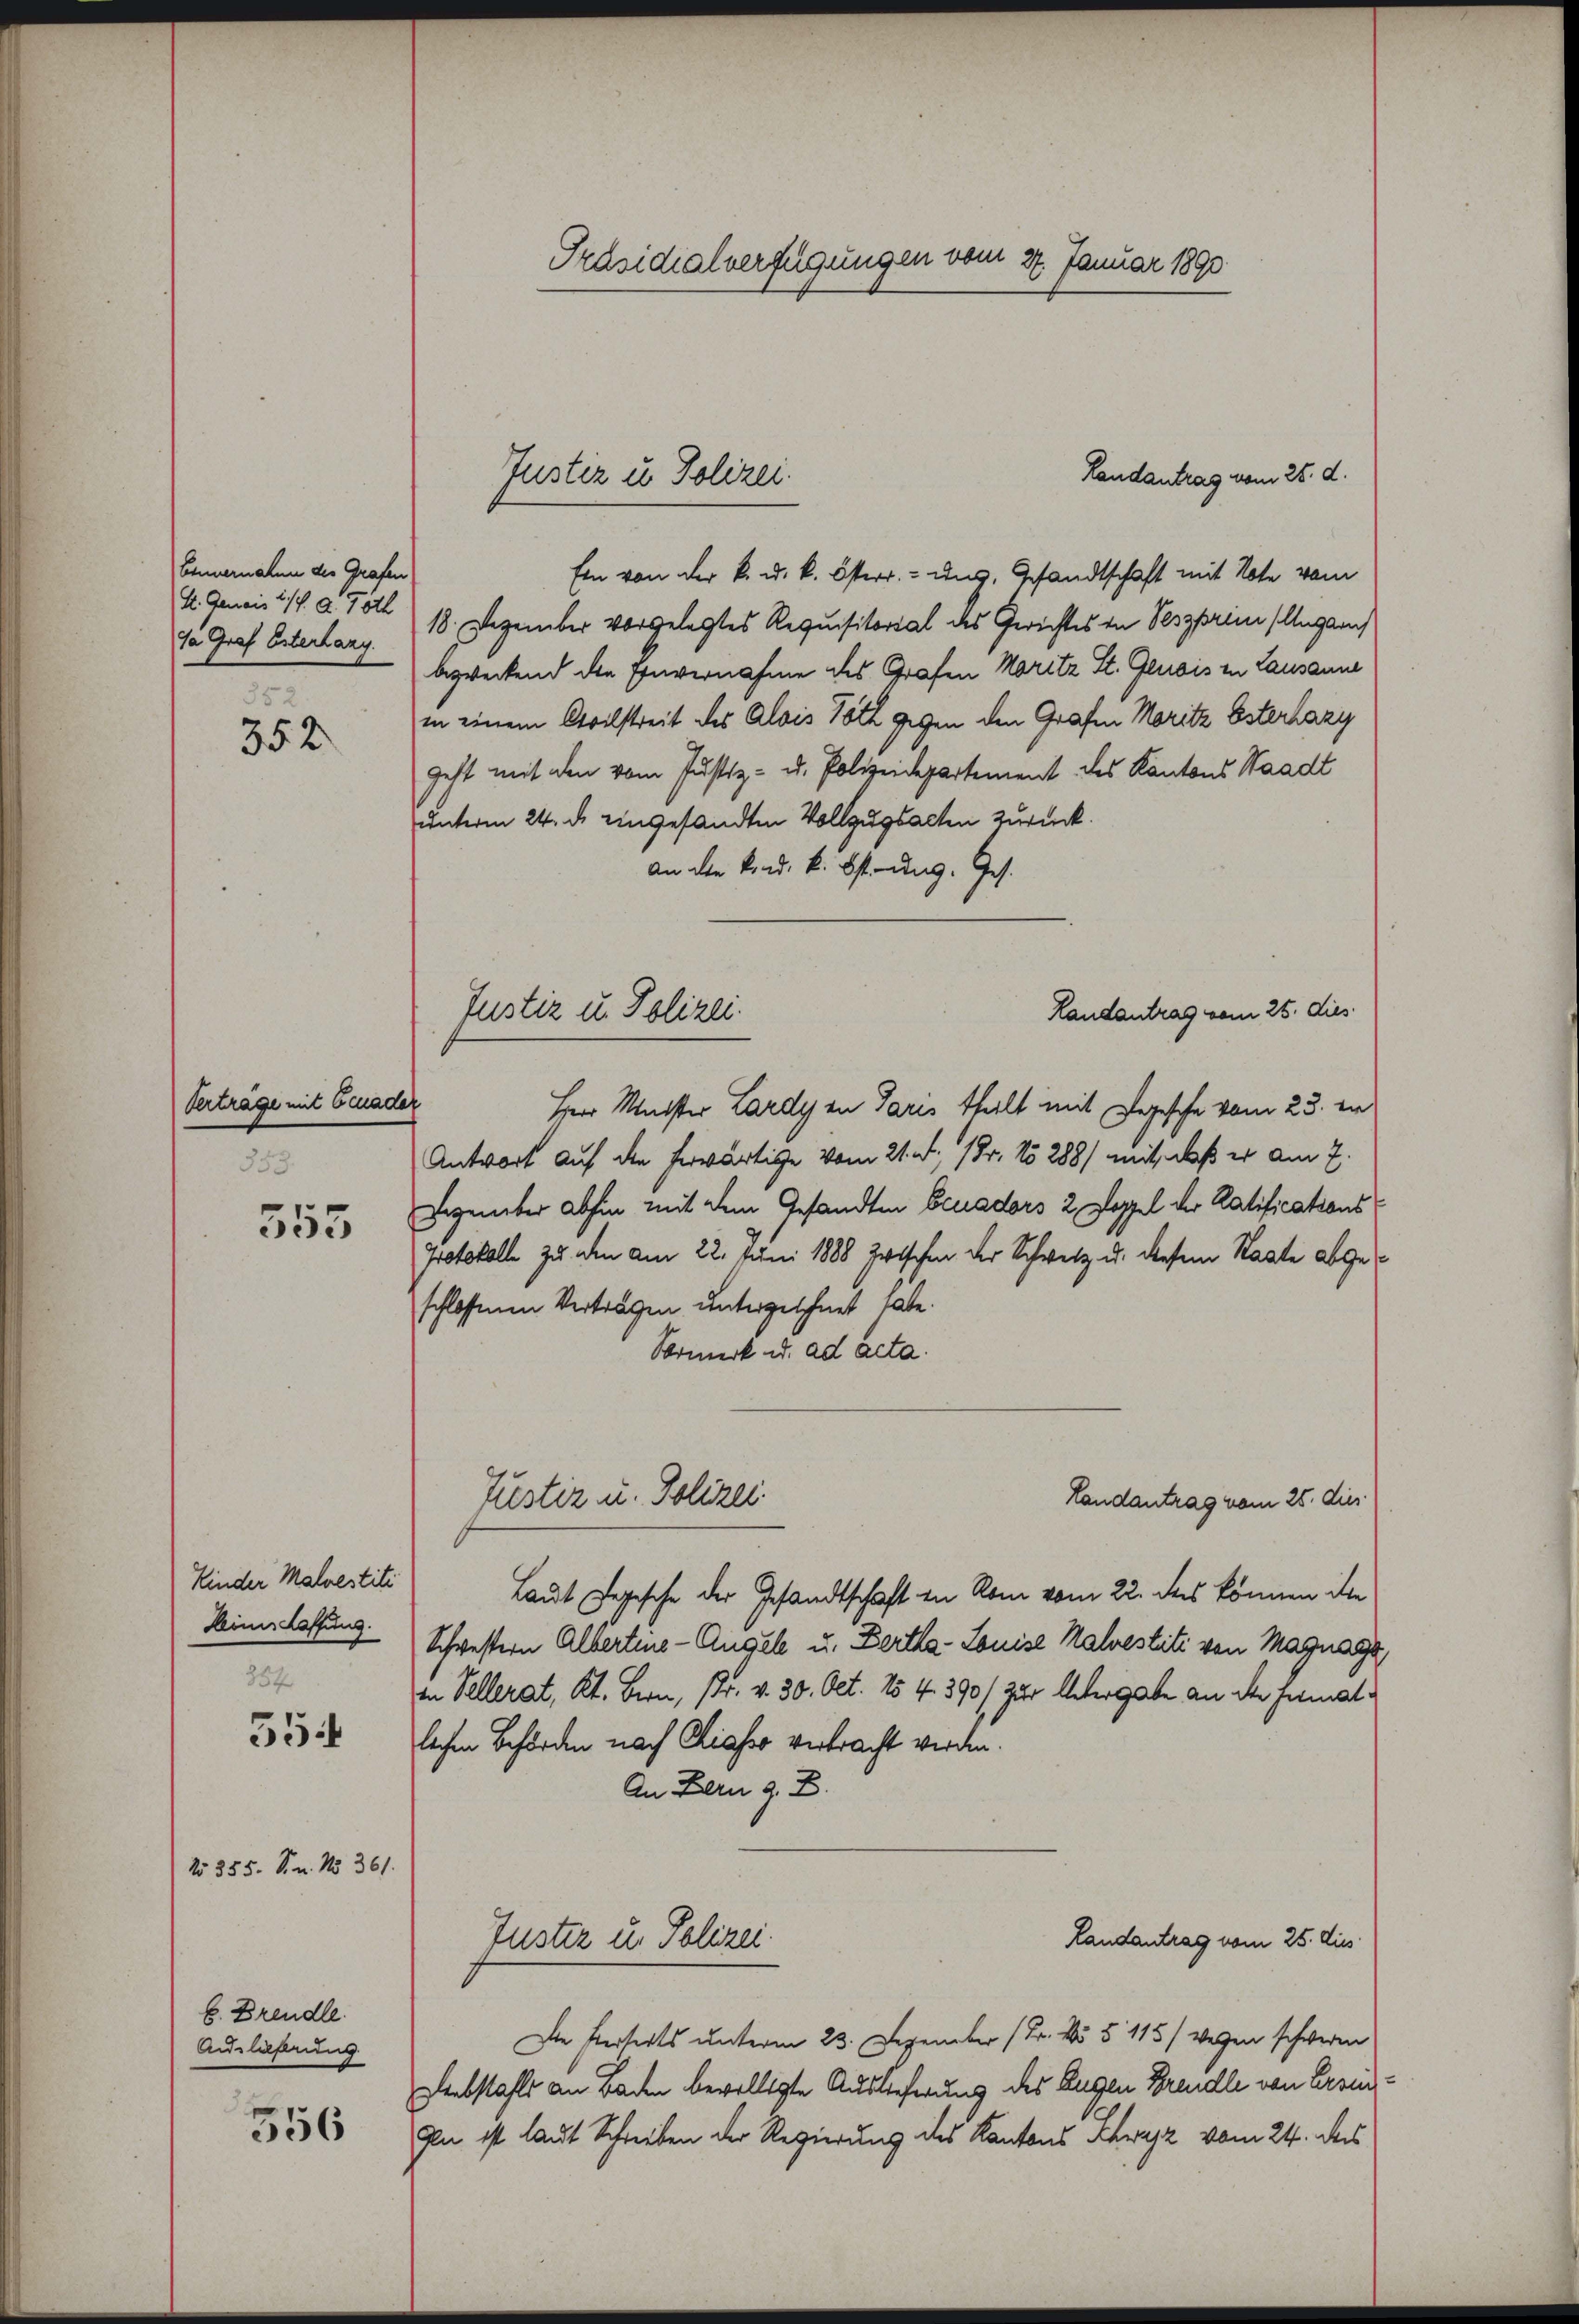
352

Verträge mit Benader
353.

Kinder Malvestiti
Hines Caffung.
854

354

No 355. S. n. No 361.

555

E. Brendle.
Ausließung

356

Bemeralen die Grafen
Ja Graf Esterlang.

Präsidialverfügungen vom 27. Januar 1890

Ein von der k. u. k. Österr. ung. Gesandtschaft mit Note vom
k. Gemeis 11. d. Foll) 18. Dezember vorgelegtes Requisitorial des Gerichtes in Peszprimi Illugan
bezweckend die Einvernahme des Grafen Moritz St. Genois in Lausanne
in einem Civilstreit des Alois Roth gegen den Grafen Moritz Esterhazy
geht mit den vom Justiz- u. Polizeidepartement des Kantons Staadt
unterm 24. d. eingesandten Vollzugsacten zurück.
an die kind. k. östung. Jes.
Herr Meister Lardy an Paris theilt mit Degesche vom 23. die
Antwort auf die herwärtige vom 21. d. 18. No 288/ mit, daß er am 7.
Dezember abhin mit dem Gesandten Benaders 2 Poppel der Ratifications¬
Protokolle zu den am 22. Juni 1888 Zwischen der Schweiz u. diesem Staate abgeschlossenen Vertragen untergeschnet habe.
Vormerk u. ad acta.
Justiz u. Polizei
Landantrag vom 25. dies
Laut Segesche der Gesandtschaft in Rom vom 22. des können die
Schwestern Albertine-Angel u. Berta-Louise Malestiti von Magnage,
in Vellerat, Kt. Bern, Pr. v. 30. Oct. 154. 390 / zur Untergabe an der Hermatlichen Behörden nach Sicher verbracht werden.
An Bern z. B.
Landantrag vom 25. dies
Juster u. Polizei.
Die Ferseits unterm 23. Dezember (Br. No 5 115) wegen schweren
Diebstahls an Baden bewilligte Auslieferung des Augen Brandle von Errei¬
Gln ist laut Schrieben der Regierung des Kantons Schwyz vom 24. des

Justiz u. Polizei.

Landantrag vom 25. dies
Justiz u. Polizei.

Landantrag vom 25. d.